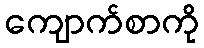
ကျောက်စာကို